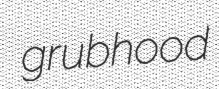
grubhood